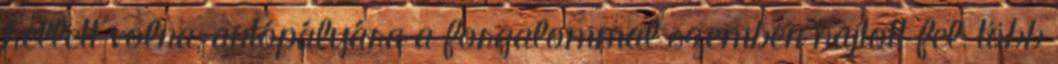
kellett volna, autópályára a forgalommal szemben hajtott fel, több